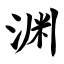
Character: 渊